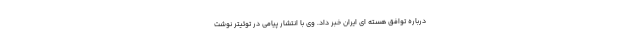
درباره توافق هسته ای ایران خبر داد. وی با انتشار پیامی در توئیتر نوشت